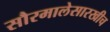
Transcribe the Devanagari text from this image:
सौरमालेसारखीच